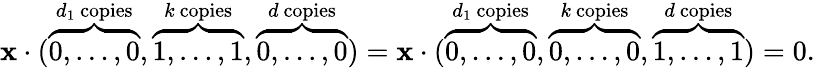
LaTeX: \mathbf{x}\cdot(\overbrace{{0,\ldots,0}}^{d_{1}\mathrm{{~copies}}},\overbrace{{1,\ldots,1}}^{k\mathrm{{~copies}}},\overbrace{{0,\ldots,0}}^{d\mathrm{{~copies}}})=\mathbf{x}\cdot(\overbrace{{0,\ldots,0}}^{d_{1}\mathrm{{~copies}}},\overbrace{{0,\ldots,0}}^{k\mathrm{{~copies}}},\overbrace{{1,\ldots,1}}^{d\mathrm{{~copies}}})=0.